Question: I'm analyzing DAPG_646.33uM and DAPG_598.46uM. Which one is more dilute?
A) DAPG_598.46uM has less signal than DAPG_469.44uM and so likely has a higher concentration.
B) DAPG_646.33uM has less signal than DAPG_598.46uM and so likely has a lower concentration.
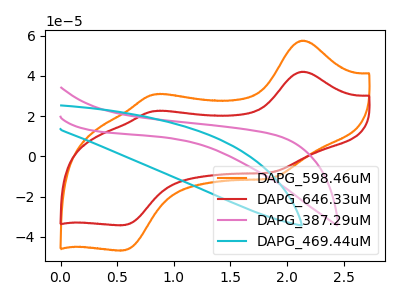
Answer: <think>The orange curve "DAPG_598.46uM" has anodic peaks at (2.15V, 57.55uA) (0.85V, 30.90uA) and cathodic peaks at (1.85V, -10.80uA) (0.55V, -46.70uA). The red curve "DAPG_646.33uM" has anodic peaks at (2.15V, 42.10uA) (0.85V, 22.60uA) and cathodic peaks at (1.85V, -7.90uA) (0.55V, -34.15uA). The pink curve "DAPG_387.29uM" has no peaks. The cyan curve "DAPG_469.44uM" has no peaks.
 All the peaks in "DAPG_646.33uM" have a peak in "DAPG_598.46uM" at the same potential. Every peak in "DAPG_646.33uM" is lower than every peak in "DAPG_598.46uM".</think>
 <answer>B) "DAPG_646.33uM" has less signal than "DAPG_598.46uM" and so likely has a lower concentration.</answer>
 <eval>B</eval>